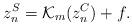
LaTeX: \begin{align*} {z}_n^S = \mathcal{K}_m ( {z}_n^C) + f.\end{align*}